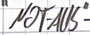
Text: "NOT-AUS"